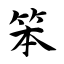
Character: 笨